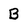
Character: B